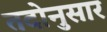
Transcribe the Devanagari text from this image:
तदोनुसार